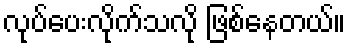
လုပ်ပေးလိုက်သလို ဖြစ်နေတယ်။